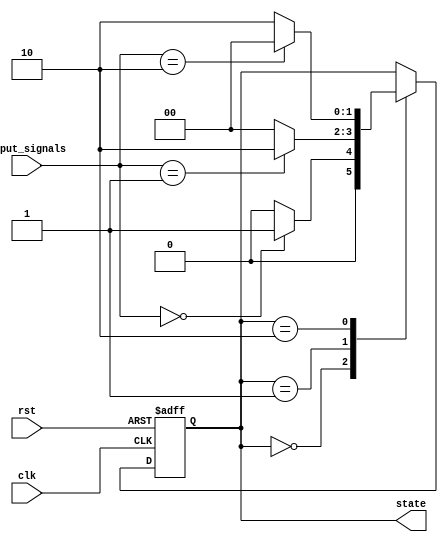
module state_machine (
    input clk,
    input rst,
    input [1:0] input_signals,
    output reg [1:0] state
);

// State encoding parameters
parameter STATE_A = 2'b00;
parameter STATE_B = 2'b01;
parameter STATE_C = 2'b10;

// State machine logic
always @ (posedge clk or posedge rst)
begin
    if (rst) begin
        state <= STATE_A;
    end else begin
        case(state)
            STATE_A: begin
                if (input_signals == 2'b00) begin
                    state <= STATE_B;
                end else begin
                    state <= STATE_A;
                end
            end
            
            STATE_B: begin
                if (input_signals == 2'b01) begin
                    state <= STATE_C;
                end else begin
                    state <= STATE_A;
                end
            end
            
            STATE_C: begin
                if (input_signals == 2'b10) begin
                    state <= STATE_A;
                end else begin
                    state <= STATE_C;
                end
            end
        endcase
    end
end

endmodule